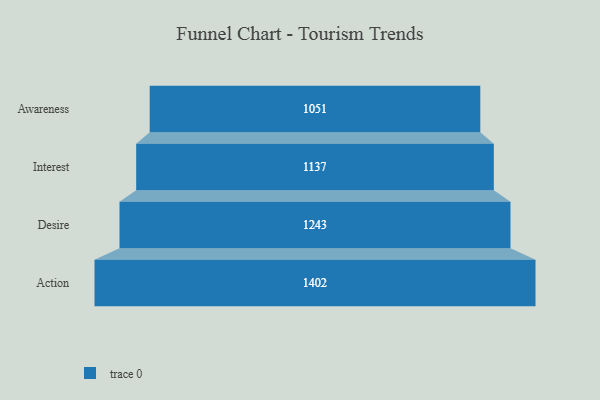
{"axis": {"x": "Stage", "y": "Value"}, "legend": [""], "data": [{"x": "Awareness", "y": 1051.0, "type": ""}, {"x": "Interest", "y": 1137.0, "type": ""}, {"x": "Desire", "y": 1243.0, "type": ""}, {"x": "Action", "y": 1402.0, "type": ""}]}